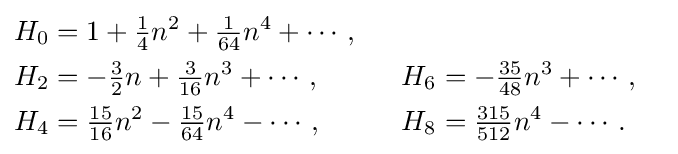
{\begin{aligned}H_{0}&=1+{\tfrac {1}{4}}n^{2}+{\tfrac {1}{64}}n^{4}+\cdots ,\\H_{2}&=-{\tfrac {3}{2}}n+{\tfrac {3}{16}}n^{3}+\cdots ,&H_{6}&=-{\tfrac {35}{48}}n^{3}+\cdots ,\\H_{4}&={\tfrac {15}{16}}n^{2}-{\tfrac {15}{64}}n^{4}-\cdots ,\qquad &H_{8}&={\tfrac {315}{512}}n^{4}-\cdots .\end{aligned}}